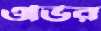
ওভির